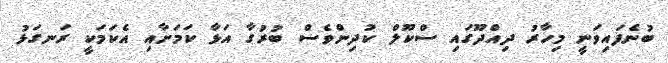
ބުނެފައިވަނީ މިހާރު ދިއްދޫގައި ސްކޫލް ކުދިންވެސް ބުރުގާ އަޅާ ކަމަށާއި އެކަމަކީ ރަނގަޅު